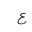
Letter: _ayn